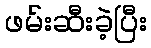
ဖမ်းဆီးခဲ့ပြီး